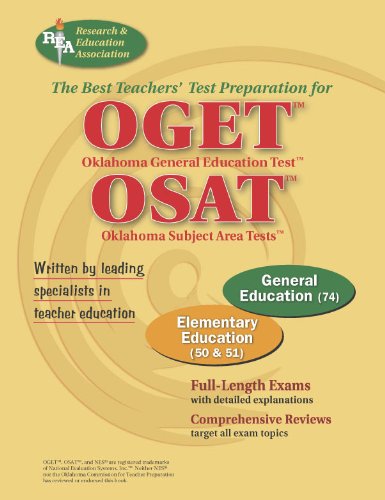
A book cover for OGET/OSAT Oklahoma General Education & Subject Area Tests - Elementary Education (OGET / OSAT Teacher Cert Test Prep); The Editors of REA; Test Preparation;